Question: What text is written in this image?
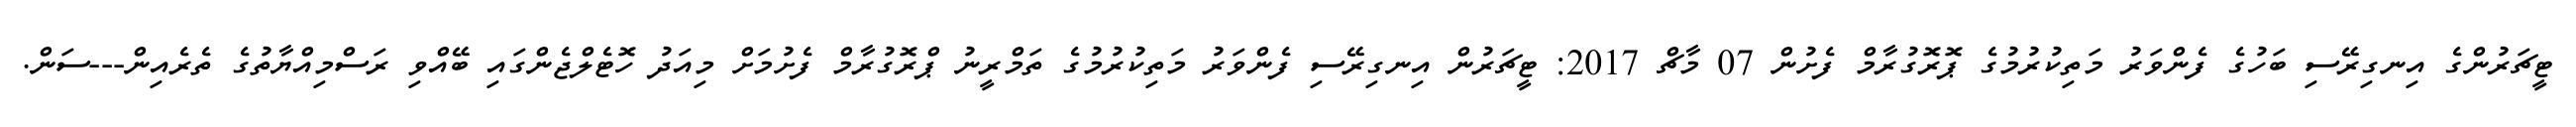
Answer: ޓީޗަރުންގެ އިނގިރޭސި ބަހުގެ ފެންވަރު މަތިކުރުމުގެ ޕޮރޮގުރާމް ފެށުން 07 މާޗް 2017: ޓީޗަރުން އިނގިރޭސި ފެންވަރު މަތިކުރުމުގެ ތަމްރީނު ޕްރޮގުރާމް ފެށުމަށް މިއަދު ހޮޓެލްޖެންގައި ބޭއްވި ރަސްމިއްޔާތުގެ ތެރެއިން---ސަން.